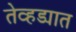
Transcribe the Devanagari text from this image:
तेव्हड्यात